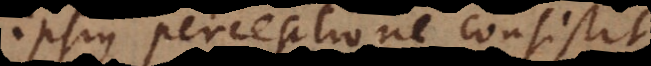
ipsius perceptione consistit